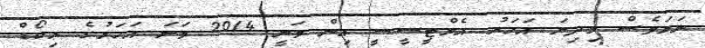
ނަމަވެސް މިދިޔަ އަހަރު އެމްޓީސީސީ އިން ވަނީ 2014 ވަނަ އަހަރުގެ ރިކޯޑް